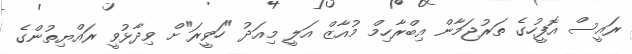
ރައީސް އޮފީހުގެ ތަރުޖަމާން އިބްރާހިމް މުއާޒް އަލީ މިއަދު "ހަވީރަ"ށް ވިދާޅުވީ ރައްޔިތުންގެ